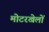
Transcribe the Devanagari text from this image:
मोटरखेलों